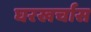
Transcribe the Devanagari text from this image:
घरखर्चास